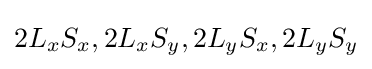
2L_{x}S_{x},2L_{x}S_{y},2L_{y}S_{x},2L_{y}S_{y}